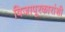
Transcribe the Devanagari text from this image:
विजापूरकारांशी